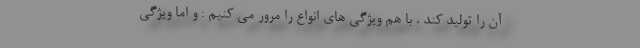
آن را تولید کند . با هم ویژگی های انواع را مرور می کنیم : و اما ویژگی